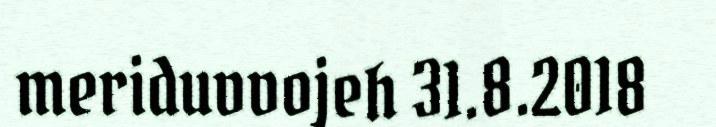
meriduvvojeh 31.8.2018